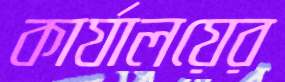
কার্যালয়ের